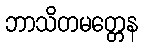
ဘာသိတမတ္တေန